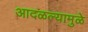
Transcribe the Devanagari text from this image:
आदळल्यामुळे